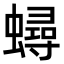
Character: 蟳